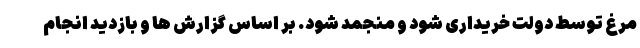
مرغ توسط دولت خریداری شود و منجمد شود. بر اساس گزارش ها و بازدید انجام